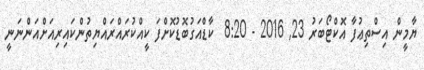
ޔާމީން އިސްތިޢުފާ އޮކްޓޯބަރު 23